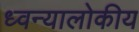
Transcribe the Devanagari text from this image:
ध्वन्यालोकीय